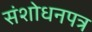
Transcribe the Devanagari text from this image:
संशोधनपत्र